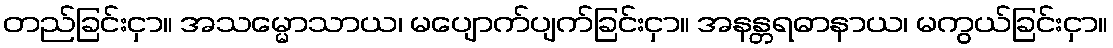
တည်ခြင်းငှာ။ အသမ္မောသာယ၊ မပျောက်ပျက်ခြင်းငှာ။ အနန္တရဓာနာယ၊ မကွယ်ခြင်းငှာ။